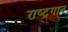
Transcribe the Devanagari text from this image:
राष्‍ट्रगान